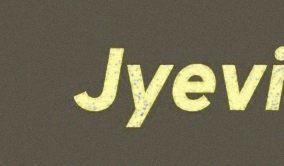
Jyevi